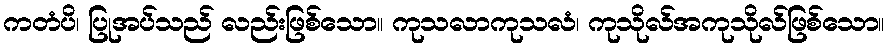
ကတံပိ၊ ပြုအပ်သည် လည်းဖြစ်သော။ ကုသလာကုသလံ၊ ကုသိုလ်အကုသိုလ်ဖြစ်သော။